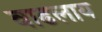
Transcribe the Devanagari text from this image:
वाढलाय